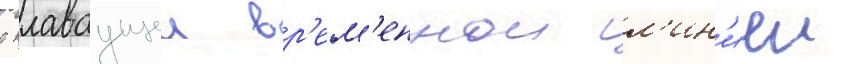
с плаваущеи вр'ем'еннои л'ин'иеи